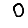
Digit: 0